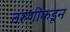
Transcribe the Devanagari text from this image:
तरुणींकडून